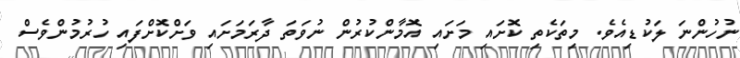
ނުހުންނަ ލަކުޑިއެވެ. މިތަކެތި ކޮށައި މަށައި އޮމާންކުރުން ނުވަތަ ދާރަމަށައި ވަށްކޮށްފައި ހުރުމުންވެސް